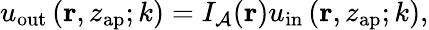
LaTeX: \begin{array}{r}{u_{\mathrm{out}}\left(\mathbf{r},z_{\mathrm{ap}};k\right)=I_{\mathcal{A}}(\mathbf{r})u_{\mathrm{in}}\left(\mathbf{r},z_{\mathrm{ap}};k\right),}\end{array}